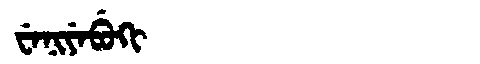
Manchu: ᠸᡝᠨᡳᠶᡝᠪᡠᡴᡳ
Romanization: WENIYEBUKI